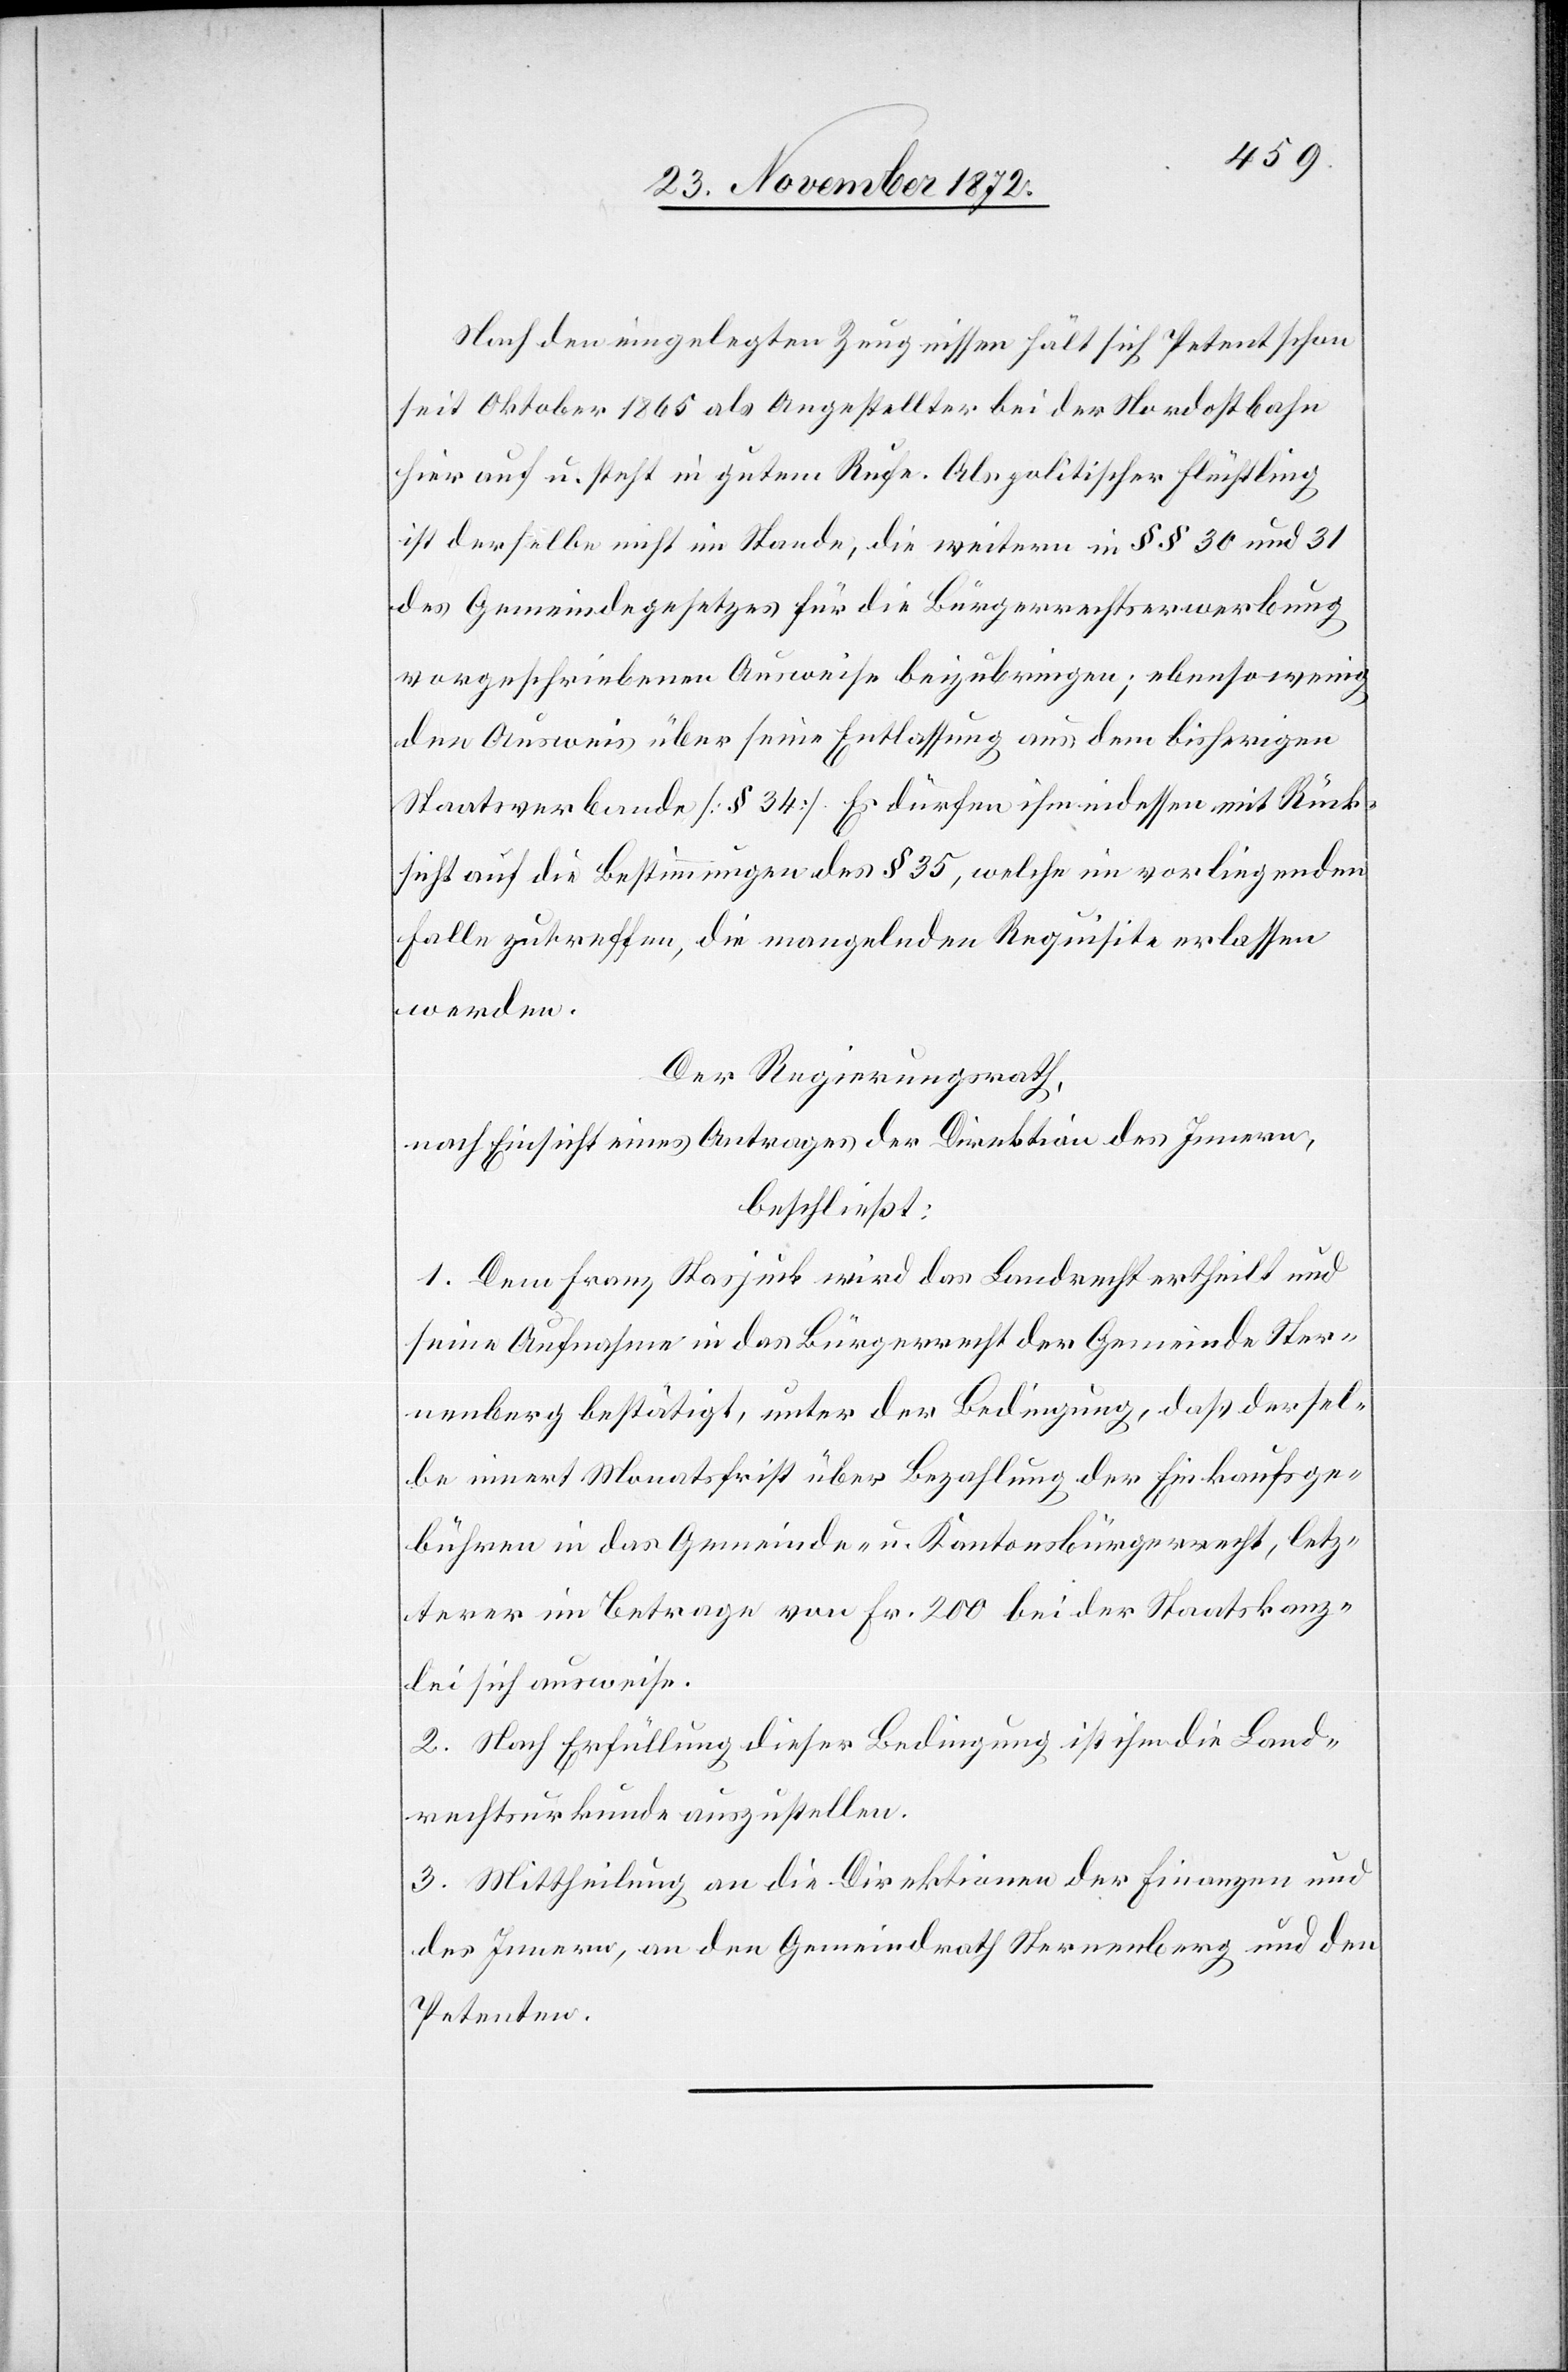
Nach den eingelegten Zeugnissen hält sich Petent schon
seit Oktober 1865 als Angestellter bei der Nordostbahn
hier auf u. steht in gutem Rufe. Als politischer Flüchtling
ist derselbe nicht im Stande, die weitern in §§ 30 und 31
des Gemeindegesetzes für die Bürgerrechtserwerbung
vorgeschriebenen Ausweise beizubringen; ebenso wenig
den Ausweis über seine Entlassung aus dem bisherigen
Staatsverbande [§ 34]. Es dürfen ihm indessen mit Rück¬
sicht auf die Bestimmungen des § 35, welche im vorliegenden
Falle zutreffen, die mangelnden Requisite erlassen
werden.
Der Regierungsrath,
nach Einsicht eines Antrages der Direktion des Innern,
beschließt:
1. Dem Franz Stasjuck wird das Landrecht ertheilt und
seine Aufnahme in das Bürgerrecht der Gemeinde Ster¬
nenberg bestätigt, unter der Bedingung, daß dersel¬
be innert Monatsfrist über Bezahlung der Einkaufsge¬
bühren im Betrage von Fr. 200 bei der Staatskanz¬
lei sich ausweise.
2. Nach Erfüllung dieser Bedingung ist ihm die Land¬
rechtsurkunde auszustellen.
3. Mittheilung an die Direktionen der Finanzen und
des Innern, an den Gemeindrath Sternenberg und den
Petenten.